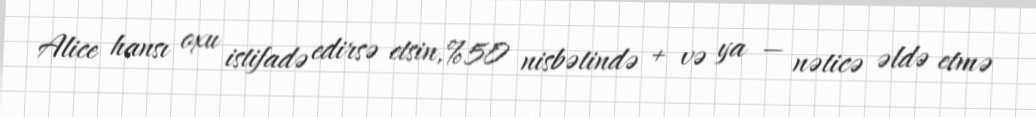
Alice hansı oxu istifadə edirsə etsin,%50 nisbətində + və ya — nəticə əldə etmə